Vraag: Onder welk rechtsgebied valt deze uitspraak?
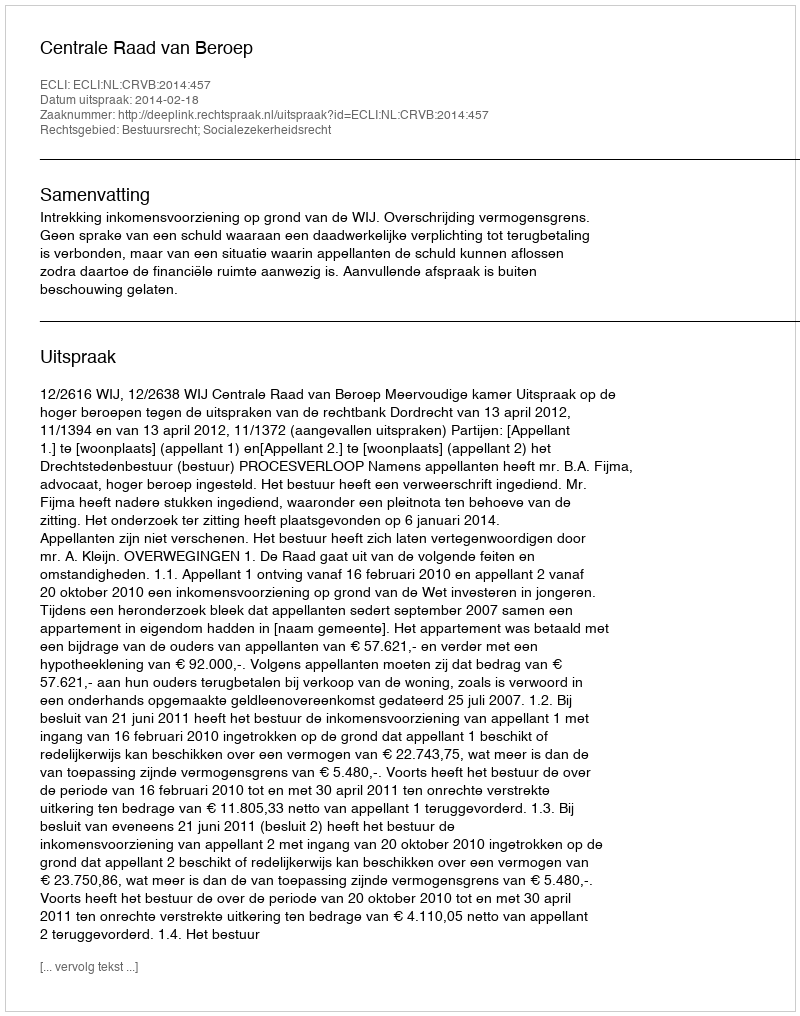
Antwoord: Bestuursrecht; Socialezekerheidsrecht